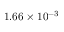
1 . 6 6 \times 1 0 ^ { - 3 }